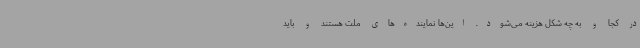
در کجا و به چه شکل هزینه می‌شود. این‌ها نماینده‌های ملت هستند و باید